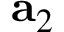
{ \bf a } _ { 2 }